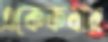
একেকবার